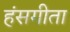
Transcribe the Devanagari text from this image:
हंसगीता